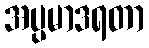
အပ္ပမာဒရတာ